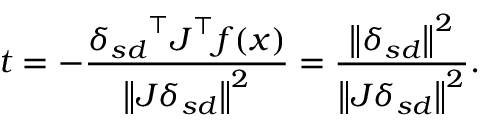
t = - { \frac { { \boldsymbol { \delta _ { s d } } } ^ { \top } { \boldsymbol { J } } ^ { \top } { \boldsymbol { f } } ( { \boldsymbol { x } } ) } { \left\| { \boldsymbol { J } } { \boldsymbol { \delta _ { s d } } } \right\| ^ { 2 } } } = { \frac { \left\| { \boldsymbol { \delta _ { s d } } } \right\| ^ { 2 } } { \left\| { \boldsymbol { J } } { \boldsymbol { \delta _ { s d } } } \right\| ^ { 2 } } } .